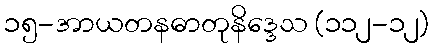
၁၅-အာယတနဓာတုနိဒ္ဒေသ (၁၁၂-၁၂)